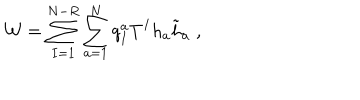
{ \cal W } = \sum _ { I = 1 } ^ { N - R } \sum _ { a = 1 } ^ { N } q _ { I } ^ { a } T ^ { I } h _ { a } \tilde { h } _ { a } \; ,